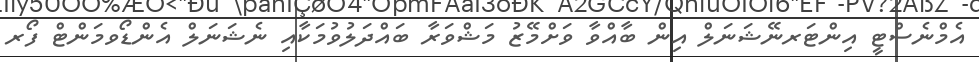
އެމްނެސްޓީ އިންޓަރނޭޝަނަލް އިން ބާއްވާ ވަށްމޭޒު މަޝްވަރާ ބައްދަލުވުމަކާއި ނެޝަނަލް އެންޑޯވމަންޓް ފޯރ